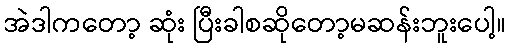
အဲဒါကတော့ ဆုံး ပြီးခါစဆိုတော့မဆန်းဘူးပေါ့။